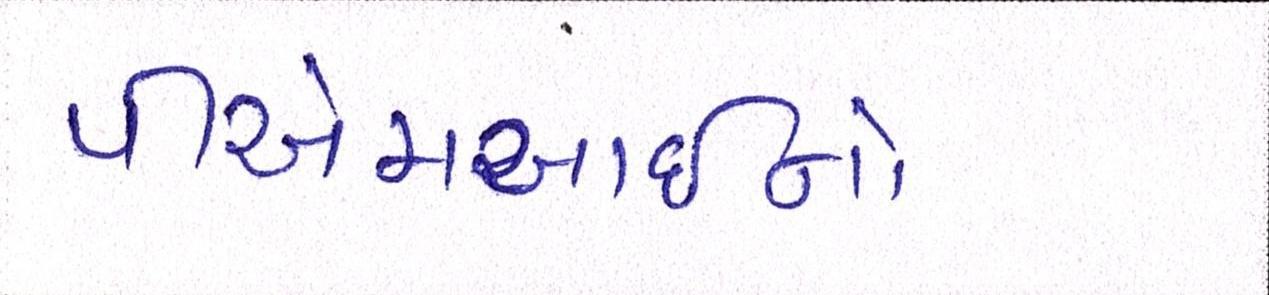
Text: પીએમઆઇનો